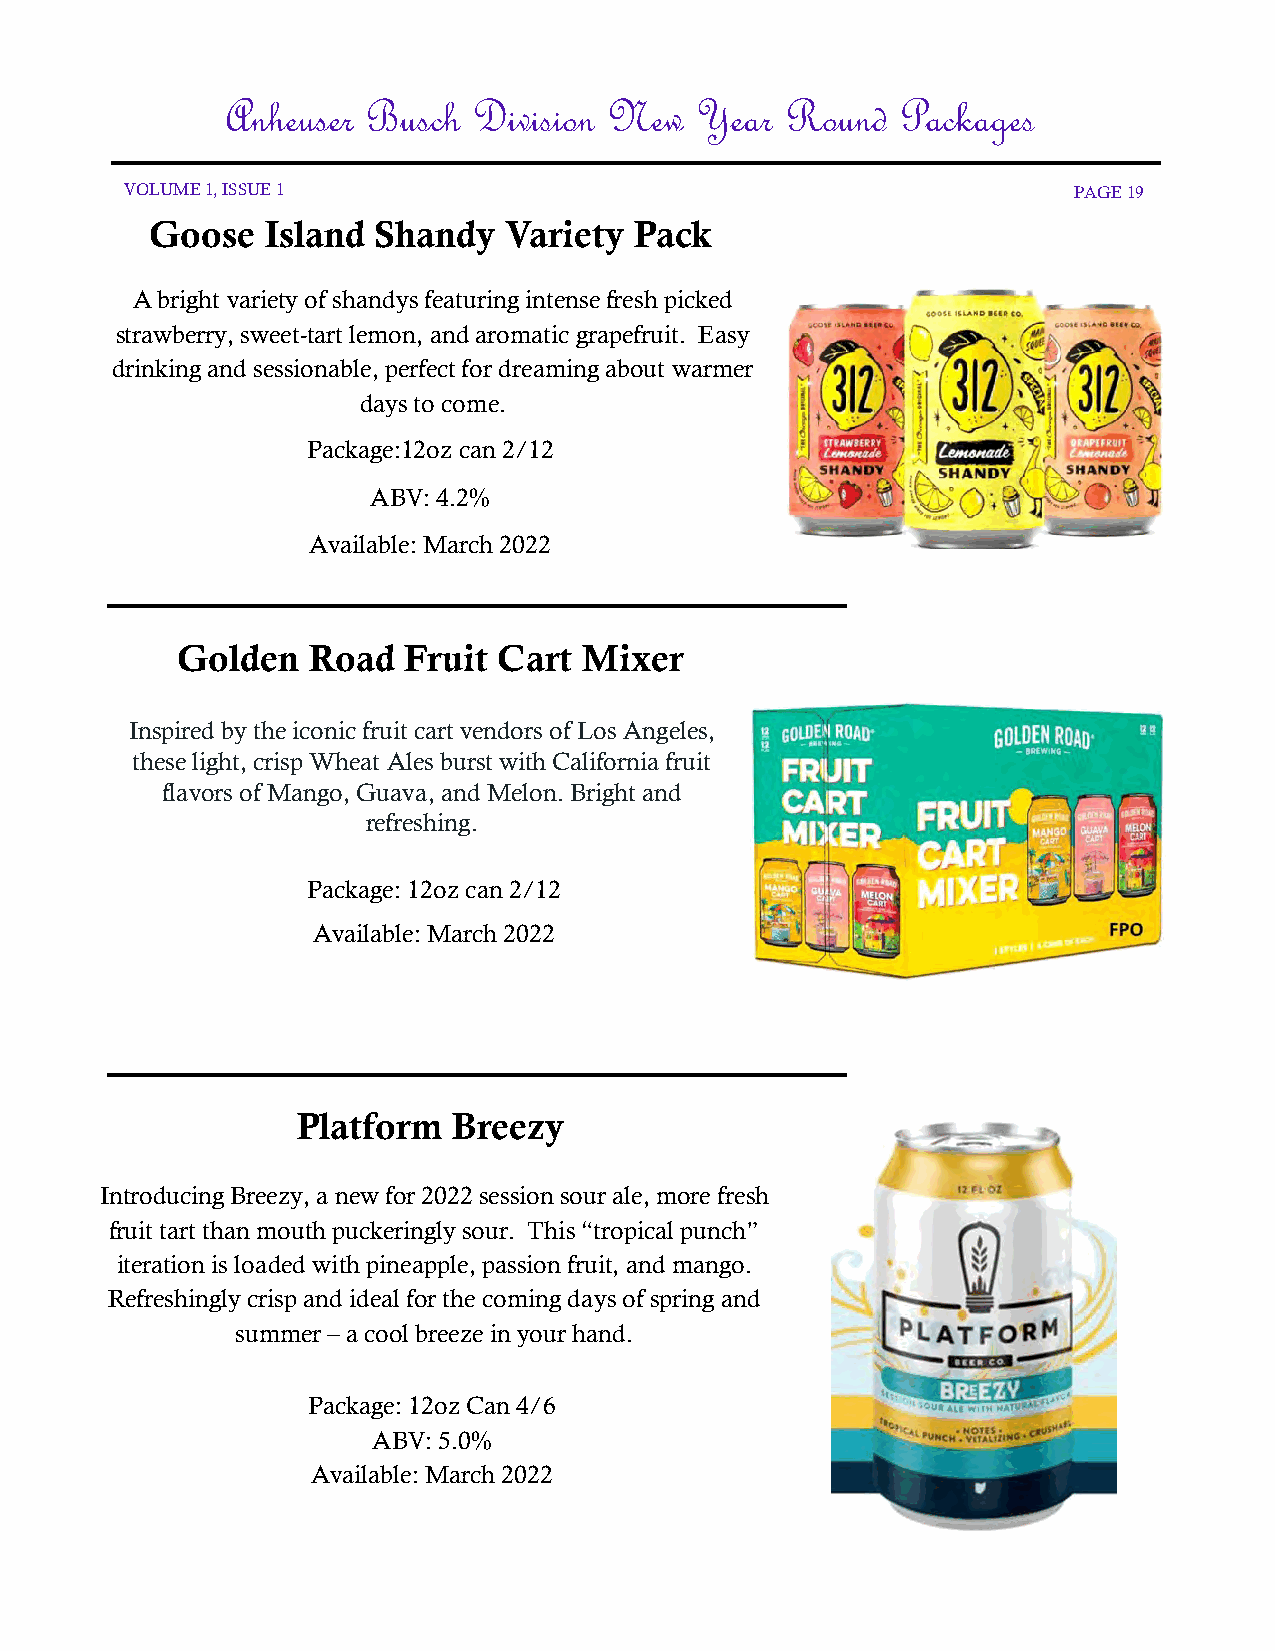
Anheuser Busch  Division New   Year  Round   Packages
 VOLUME 1, ISSUE 1                                              PAGE 19
 Goose   Island Shandy  Variety  Pack
 A bright variety of shandys featuring intense fresh picked
 strawberry, sweet-tart lemon, and aromatic grapefruit. Easy
 drinking and sessionable, perfect for dreaming about warmer
 days to come.
 Package:12oz can 2/12
 ABV: 4.2%
 Available: March 2022
 Golden  Road   Fruit Cart  Mixer
 Inspired by the iconic fruit cart vendors of Los Angeles,
 these light, crisp Wheat Ales burst with California fruit
 flavors of Mango, Guava, and Melon. Bright and
 refreshing.
 Package: 12oz can 2/12
 Available: March 2022
 Platform  Breezy
 Introducing Breezy, a new for 2022 session sour ale, more fresh
 fruit tart than mouth puckeringly sour. This “tropical punch”
 iteration is loaded with pineapple, passion fruit, and mango.
 Refreshingly crisp and ideal for the coming days of spring and
 summer – a cool breeze in your hand.
 Package: 12oz Can 4/6
 ABV: 5.0%
 Available: March 2022